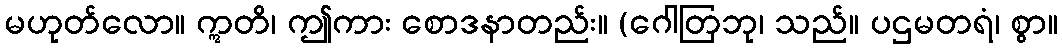
မဟုတ်လော။ ဣတိ၊ ဤကား စောဒနာတည်း။ (ဂေါတြဘု၊ သည်။ ပဌမတရံ၊ စွာ။